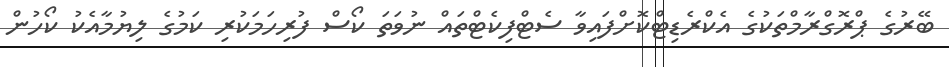
ބޭރުގެ ޕްރޮގްރާމްތަކުގެ އެކްރެޑިޓްކޮށްފައިވާ ސެޓްފިކެޓްތައް ނުުވަތަ ކޯސް ފުރިހަމަކުރި ކަމުގެ ލިޔުމާއެކު ކޯހުން